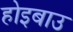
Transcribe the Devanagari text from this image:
होइबाउ